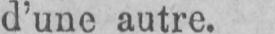
d’une autre.